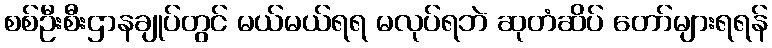
စစ်ဦးစီးဌာနချုပ်တွင် မယ်မယ်ရရ မလုပ်ရဘဲ ဆုတံဆိပ် တော်များရရန်